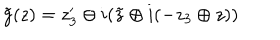
\tilde { g } ( z ) = z _ { 3 } ^ { \prime } \oplus i ( \tilde { z } \oplus i ( - z _ { 3 } \oplus z ) )